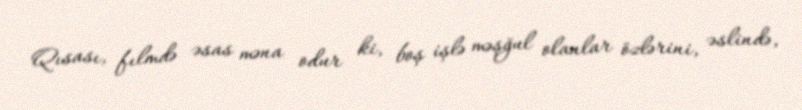
Qısası, fılmdə əsas məna odur ki, boş işlə məşğul olanlar özlərini, əslində,